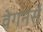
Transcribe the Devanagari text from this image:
वेगनर्स